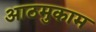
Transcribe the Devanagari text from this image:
आठमुकाम